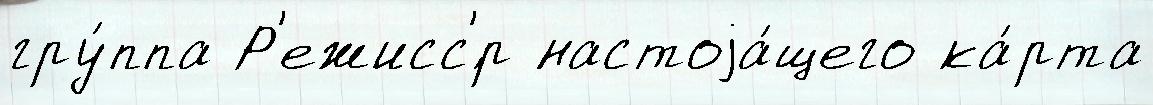
гру́ппа Р'ежисс'́р настоjа́щего ка́рта